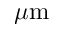
\mu \mathrm { m }